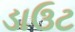
ડાઉટ